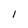
Character: 1